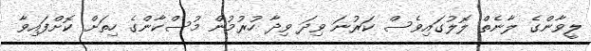
ލީވާންގެ ލާނެތް ލޮލުގައިވެސް ކަރުނަ ވިދަ ވިދާ ހުރުމުން މުސްކާންގެ ހިތަށް ކޮށްފައިވާ